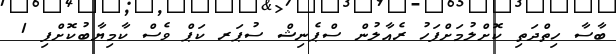
ބާސާ ހިތްދަތި ކޮށްލުމަށްފަހު ރެއާލުން ސްޕެނިޝް ސުޕަރ ކަޕް ވެސް ކާމިޔާބުކޮށްފި 1